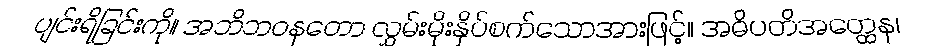
ပျင်းရိခြင်းကို။ အဘိဘဝနတော လွှမ်းမိုးနှိပ်စက်သောအားဖြင့်။ အဓိပတိအတ္ထေန၊